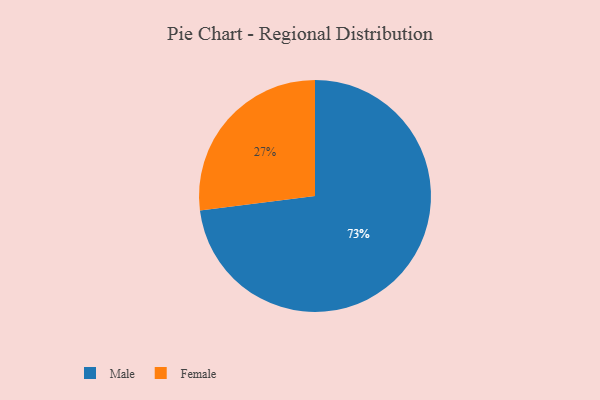
{"axis": {"x": "Category", "y": "Percentage"}, "legend": ["Female", "Male"], "data": [{"x": "Male", "y": 73, "type": "Male"}, {"x": "Female", "y": 27, "type": "Female"}]}